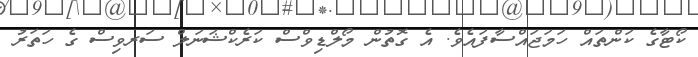
ކޯޓާގެ ކަންތައް ހަމަޖައްސާފައެވެ. އެ ގޮތުން މޯލްޑިވްސް ކަރެކްޝަނަލް ސަރވިސް ގެ ހަތަރު